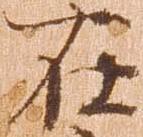
在